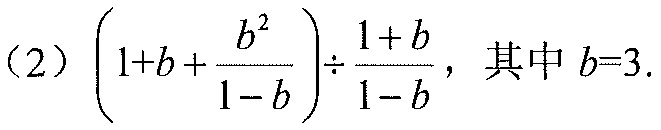
（2）\(\left(1 + b+\frac{b^{2}}{1 - b}\right)\div\frac{1 + b}{1 - b}\)，其中\(b = 3\).